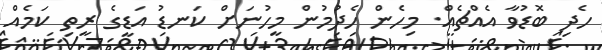
ހެދި ބޮޑުވާ އެއްޗެއް. މިހެން ހެދުމުން މީހުނަށް ކަނޑު އަޑީގެ ރީތި ކަމެއް